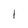
Character: I